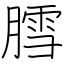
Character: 膤